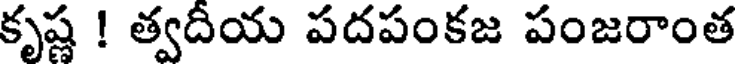
కృష్ణ ! త్వదీయ పదపంకజ పంజరాంత